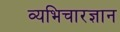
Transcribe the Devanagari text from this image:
व्यभिचारज्ञान